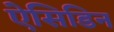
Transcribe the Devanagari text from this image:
ऐसिडिन